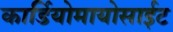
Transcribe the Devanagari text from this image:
कार्डियोमायोसाईट